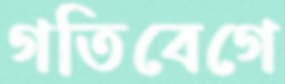
গতিবেগে